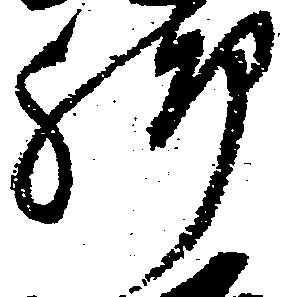
脚